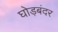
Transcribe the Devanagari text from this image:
घोड़बंदर